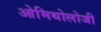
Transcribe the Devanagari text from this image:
ओमिथोलोजी